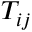
T _ { i j }